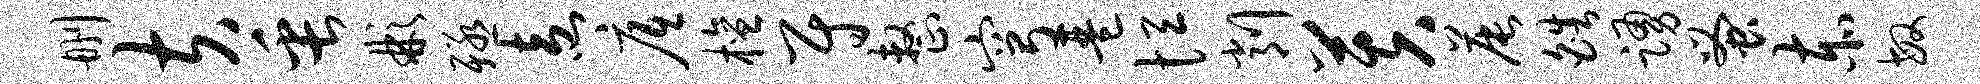
删夫缶彬殛盍底檀尉整穹琶恒削芙晨皓踊蚤赤敏